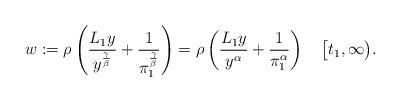
LaTeX: \begin{align*}w:=\rho\left(\frac{L_{1}y}{y^{\frac{\gamma}{\beta}}}+\frac{1}{\pi_{1}^{\frac{\gamma}{\beta}}}\right)=\rho\left(\frac{L_{1}y}{y^{\alpha}}+\frac{1}{\pi_{1}^{\alpha}}\right)\ \ \ \big[t_{1},\infty\big).\end{align*}